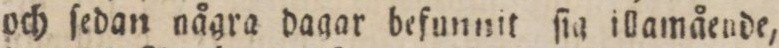
och ſedan några dagar befunnit ſia illamående,